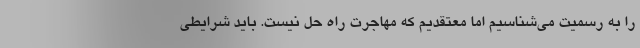
را به رسمیت می‌شناسیم اما معتقدیم که مهاجرت راه حل نیست. باید شرایطی